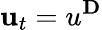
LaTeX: \mathbf{u}_{t}=u^{\mathbf{D}}